Civil Veterinary Dept. Assam report 1927-50 - 1927-1950
Year: 1927
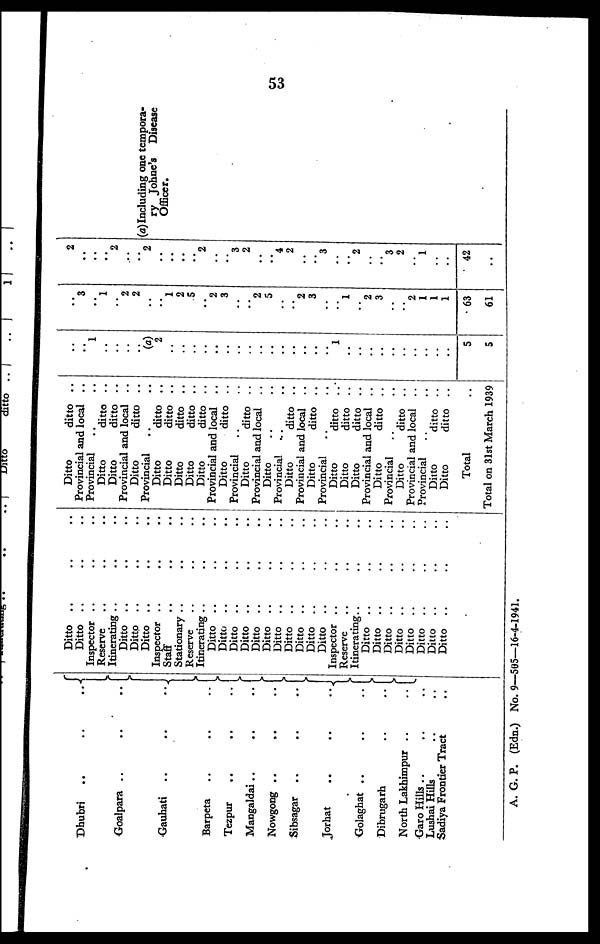
53
Dhubri .. .. ..
Goalpara .. .. ..
Gauhati .. .. ..
Barpeta .. .. ..
Tezpur .. .. ..
Mangaldai .. .. ..
Nowgong .. .. ..
Sibsagar .. .. ..
Jorhat .. .. ..
Golaghat .. .. ..
Dibrugarh .. ..
North Lakhimpur .. ..
Garo Hills .. .. ..
Lushai Hills .. ..
Sadiya Frontier Tract ..
Ditto .. .. ..
Ditto .. .. ..
Inspector .. .. ..
Reserve .. .. ..
Itinerating .. .. ..
Ditto .. .. ..
Ditto .. .. ..
Ditto .. .. ..
Inspector .. .. ..
Staff .. .. ..
Stationary .. .. ..
Reserve .. .. ..
Itinerating .. .. ..
Ditto .. .. ..
Ditto .. .. ..
Ditto .. .. ..
Ditto .. .. ..
Ditto .. .. ..
Ditto .. .. ..
Ditto .. .. ..
Ditto .. .. ..
Ditto .. .. ..
Ditto .. .. ..
Ditto .. .. ..
Inspector .. .. ..
Reserve .. .. ..
Itinerating.. .. ..
Ditto .. .. ..
Ditto .. .. ..
Ditto .. .. ..
Ditto .. .. ..
Ditto .. .. ..
Ditto .. .. ..
Ditto .. .. ..
Ditto .. .. ..
Ditto
ditto ..
Provincial and local ..
Provincial .. ..
Ditto
ditto ..
Ditto
ditto ..
Provincial and local ..
Ditto
ditto ..
Provincial .. ..
Ditto
ditto ..
Ditto
ditto ..
Ditto
ditto ..
Ditto
ditto ..
Ditto
ditto ..
Provincial and local
..
Ditto
ditto
Provincial .. ..
Ditto
ditto ..
Provincial and local ..
Ditto .. ..
Provincial .. ..
Ditto
ditto ..
Provincial and local
..
Ditto
ditto ..
Provincial ..
Ditto
ditto ..
Ditto
ditto ..
Ditto
ditto ..
Provincial and local ..
Ditto
ditto ..
Provincial ..
Ditto
ditto ..
Provincial and local ..
Provincial ..
Ditto
ditto ..
Ditto
ditto ..
Total ..
Total on 31st March 1939
..
..
1
..
..
..
..
(a)
2
..
..
..
..
..
..
..
..
..
.. ..
..
..
..
1
..
..
..
..
..
..
..
..
..
..
5
5
..
3
..
1
..
2
2
..
1
2
5
..
2
3
..
..
2 5
..
..
2 3
..
..
1
..
2
3
..
2 1
1
1
63
61
2
..
..
..
2
..
..
2
..
..
..
..
2
..
..
3
2
..
..
4 2
..
..
3
..
..
2
..
..
3 2
..
1
..
..
42
..
(a) Including one tempora-
ry Johne's
Disease
Officer.
A. G. P. (Edn.) No. 9—505—16-4-1941.